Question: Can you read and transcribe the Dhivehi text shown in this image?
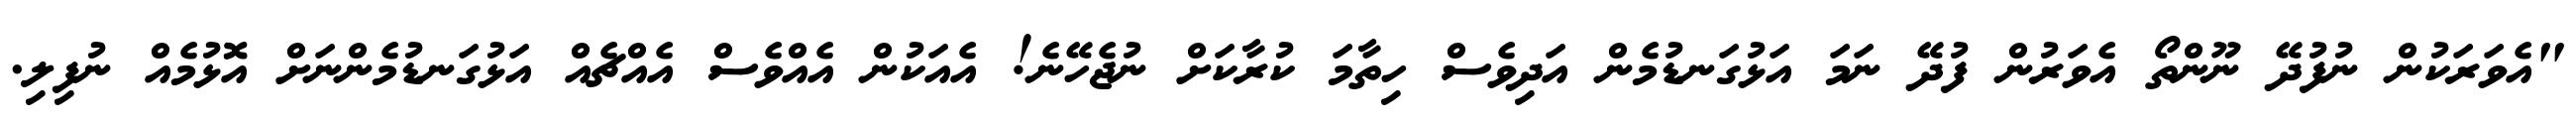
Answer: "އެވަރަކުން ނުފުދޭ ނޫންތޯ އެވަރުން ފުދޭ ނަމަ އަޅުގަނޑުމެން އަދިވެސް ހިތާމަ ކުރާކަށް ނުޖެހޭނެ! އެއަކުން އެއްވެސް އެއްޗެއް އަޅުގަނޑުމެންނަށް އޮޅުމެއް ނުފިލި.